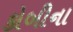
કોબીના